Riigikantselei, lk 44
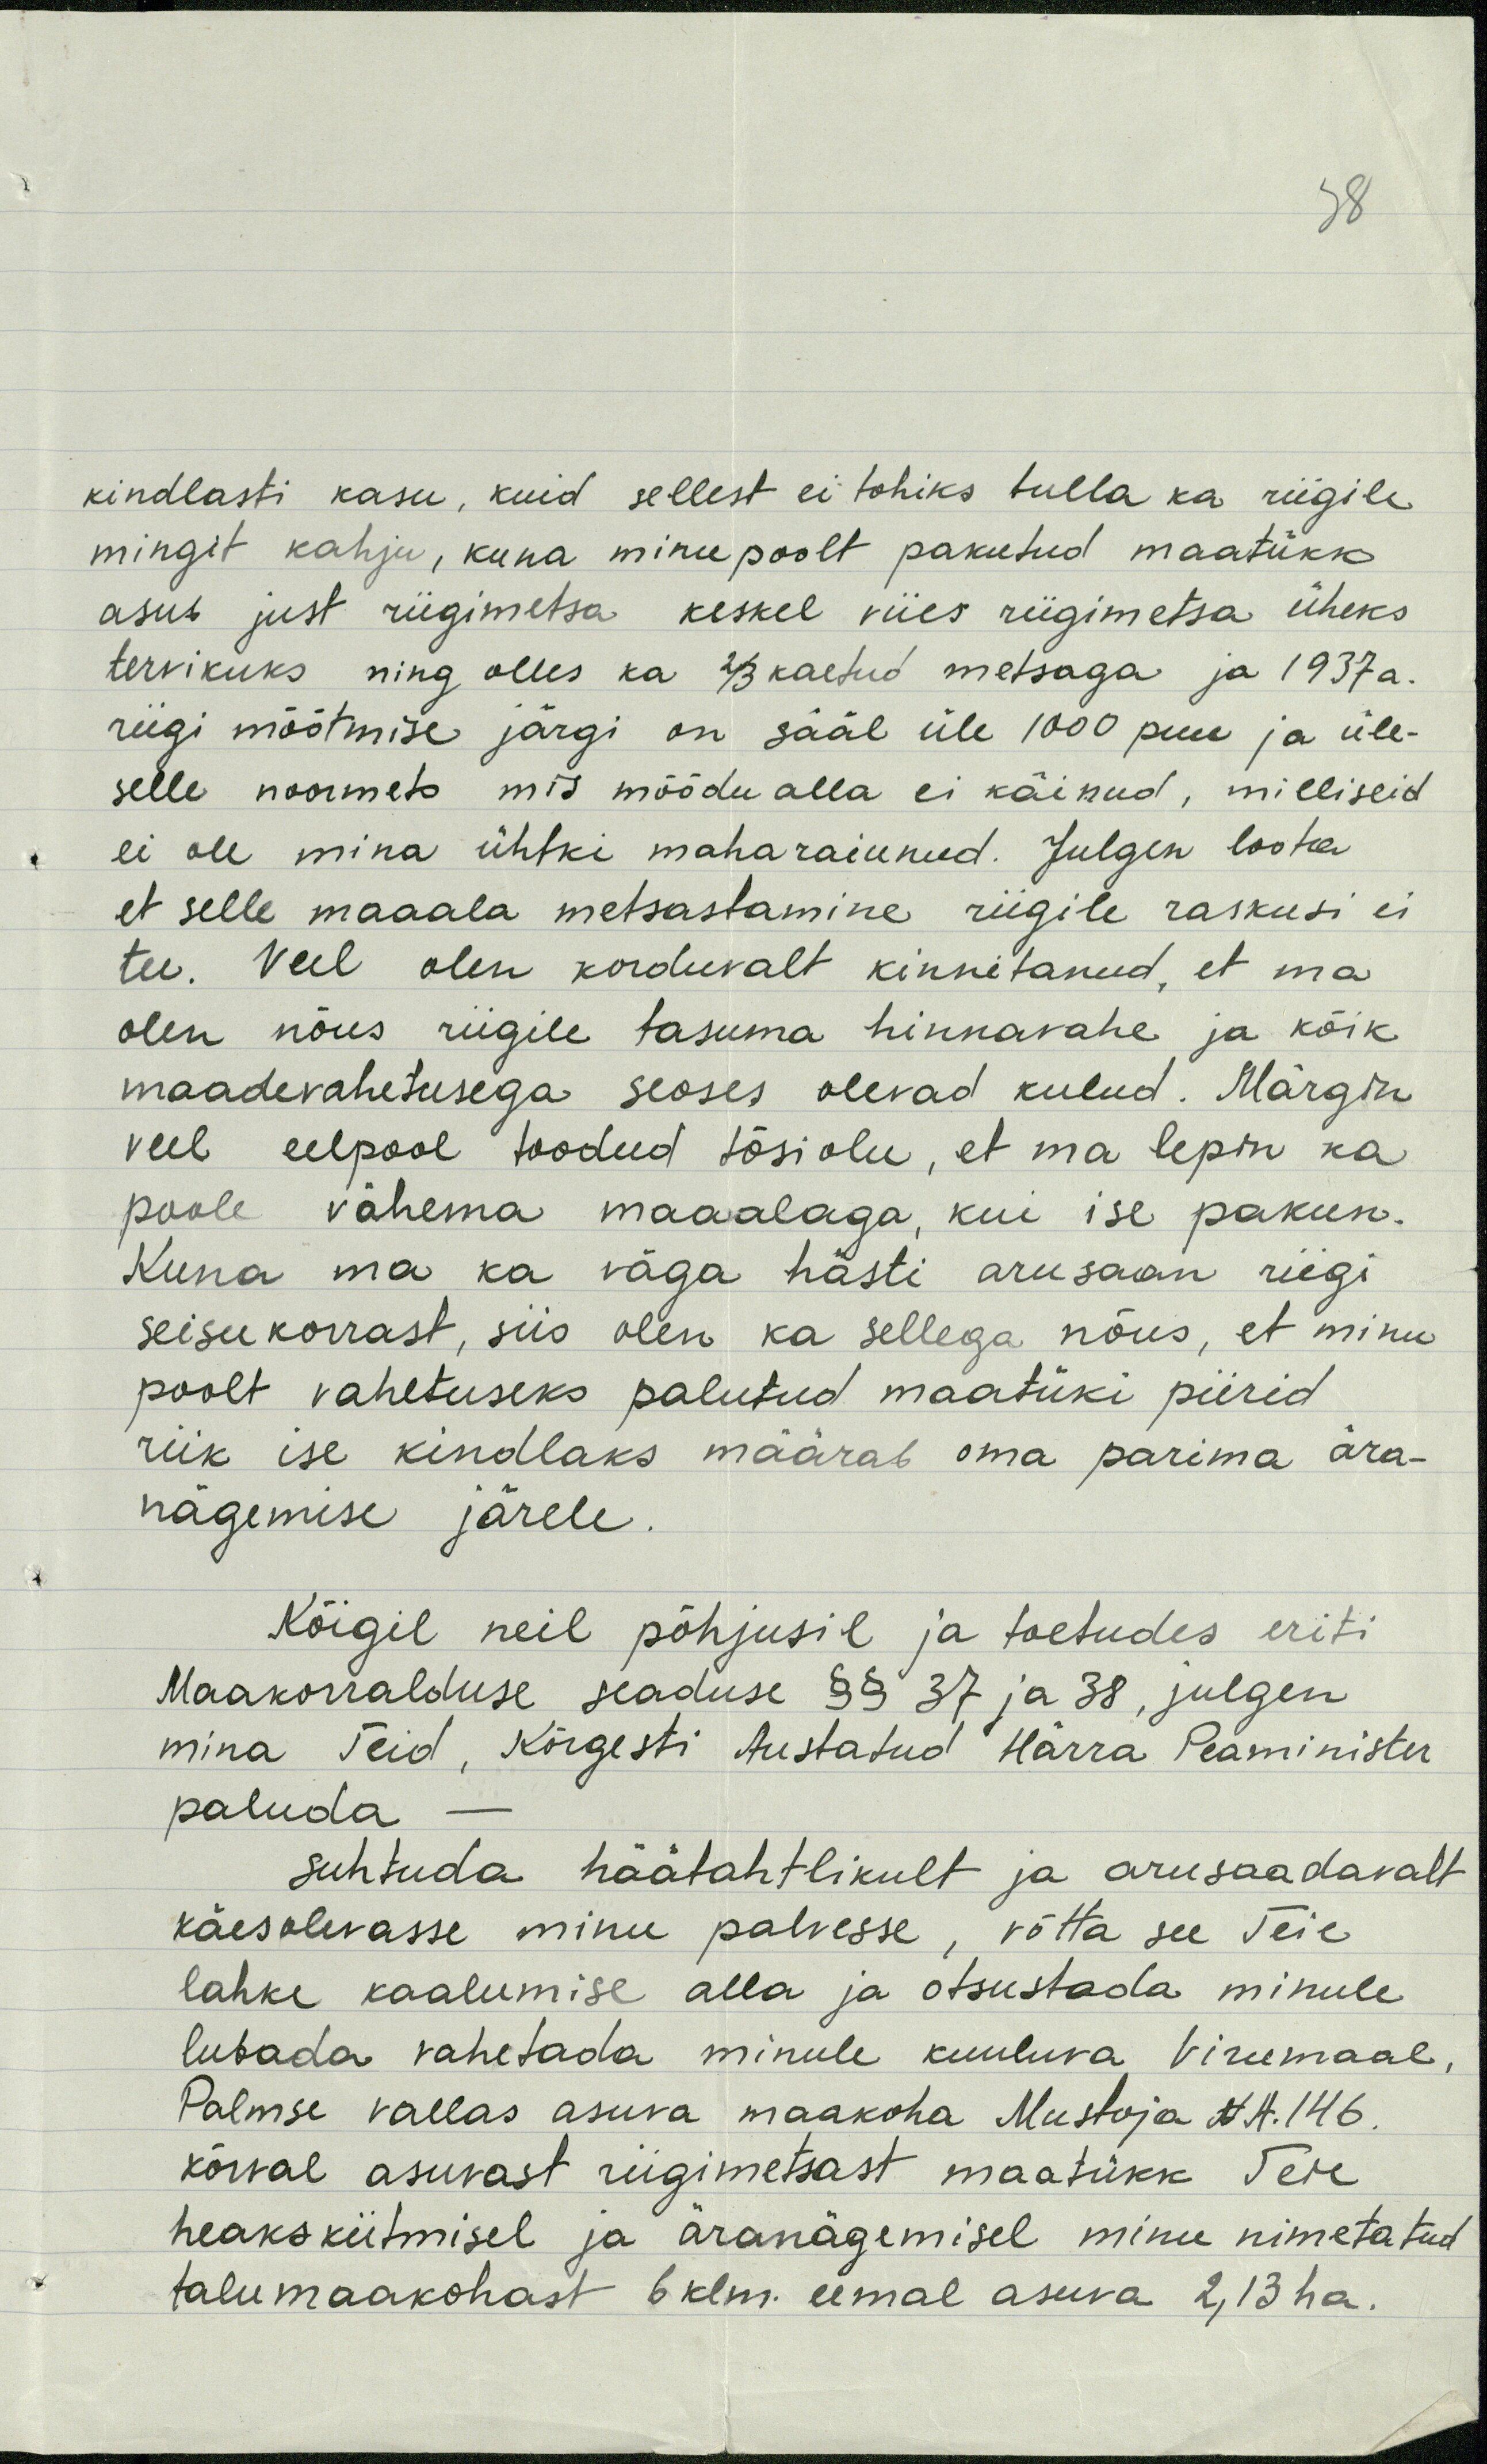
kindlasti kasu, kuid sellest ei tohiks tulla ka riigile
mingit kahju, kuna minu poolt pakutud maatükk
asub just riigimetsa keskel viies riigimetsa üheks
tervikuks ning olles ka 2/3 kaetud metsaga ja 1937 a.
riigi mõõtmise järgi on sääl üle 1000 puu ja üle-
selle noormets mis möödu alla ei käinud, milliseid
ei ole mina ühtki maharaiunud. Julgen loota
et selle maaala metsastamine riigile raskusi ei
tee. Veel olen korduvalt kinnitanud, et ma
olen nõus riigile tasuma hinnavahe ja kõik
maadevahetusega seoses olevad kulud. Märgin
veel eelpool toodud tõsiolu, et ma lepin ka
poole vähema maaalaga, kui ise pakun.
Kuna ma ka väga hästi arusaan riigi
seisukorrast, siis olen ka sellega nõus, et minu
poolt vahetuseks palutud maatüki piirid
riik ise kindlaks määrab oma parima ära-
nägemise järele.
Kõigil neil põhjusil ja toetudes eriti
Maakorralduse seaduse §§ 37 ja 38, julgen
mina Teid, Kõrgesti Austatud Härra Peaminister
paluda-
suhtuda häätahtlikult ja arusaadavalt
käesolevasse minu palvesse, võtta see Teie
lahke kaalumise alla ja otsustada minule
lubada vahetada minule kuuluva Virumaal,
Palmse vallas asuva maakoha Mustoja N.A. 146
kõrval asuvast riigimetsast maatükk Teie
heakskiitmisel ja äranägemisel minu nimetatud
talumaakohast 6 klm. eemal asuva 2,13 ha.